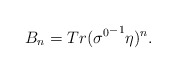
\begin{align*}B_{n}= Tr ({\sigma^{0}}^{-1}\eta )^{n}.\end{align*}